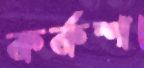
কর্কশ